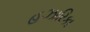
હઝારિકા